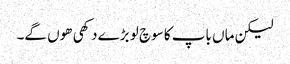
لیکن ماں باپ کا سوچ لو بڑے دکھی ھوں گے۔